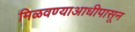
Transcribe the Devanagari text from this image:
मिळवण्याआधीपासून